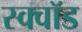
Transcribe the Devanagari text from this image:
स्क्वॉड